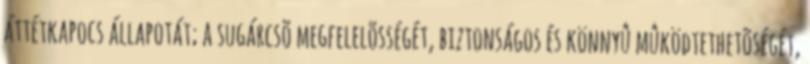
áttétkapocs állapotát; a sugárcsõ megfelelõsségét, biztonságos és könnyû mûködtethetõségét,